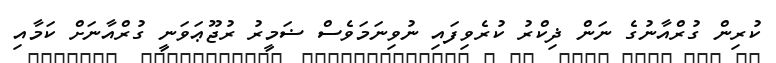
ކުރިން ގުރްއާނުގެ ނަން ޛިކްރު ކުރެވިފައި ނުވިނަމަވެސް ޟަމީރު ރުޖޫޢަވަނީ ގުރްއާނަށް ކަމާއި